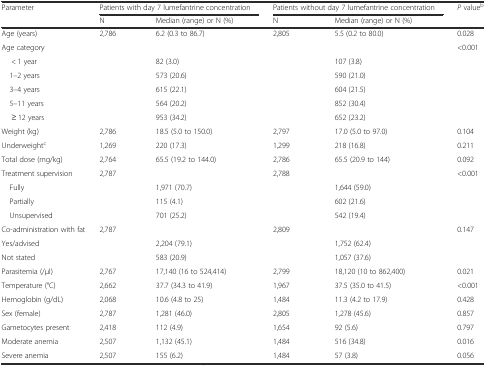
<table><thead><tr><td><b>Parameter</b></td><td colspan="2"><b>Patients with day 7 lumefantrine concentration</b></td><td colspan="2"><b>Patients without day 7 lumefantrine concentration</b></td><td><b><i>P</i> value<sup>b</sup></b></td></tr><tr><td></td><td><b>N</b></td><td><b>Median (range) or N (%)</b></td><td><b>N</b></td><td><b>Median (range) or N (%)</b></td><td></td></tr></thead><tbody><tr><td>Age (years)</td><td>2,786</td><td>6.2 (0.3 to 86.7)</td><td>2,805</td><td>5.5 (0.2 to 80.0)</td><td>0.028</td></tr><tr><td>Age category</td><td></td><td></td><td></td><td></td><td rowspan="6">&lt;0.001</td></tr><tr><td>&lt; 1 year</td><td></td><td>82 (3.0)</td><td></td><td>107 (3.8)</td></tr><tr><td> 1–2 years</td><td></td><td>573 (20.6)</td><td></td><td>590 (21.0)</td></tr><tr><td> 3–4 years</td><td></td><td>615 (22.1)</td><td></td><td>604 (21.5)</td></tr><tr><td> 5–11 years</td><td></td><td>564 (20.2)</td><td></td><td>852 (30.4)</td></tr><tr><td>≥ 12 years</td><td></td><td>953 (34.2)</td><td></td><td>652 (23.2)</td></tr><tr><td>Weight (kg)</td><td>2,786</td><td>18.5 (5.0 to 150.0)</td><td>2,797</td><td>17.0 (5.0 to 97.0)</td><td>0.104</td></tr><tr><td>Underweight<sup>c</sup></td><td>1,269</td><td>220 (17.3)</td><td>1,299</td><td>218 (16.8)</td><td>0.211</td></tr><tr><td>Total dose (mg/kg)</td><td>2,764</td><td>65.5 (19.2 to 144.0)</td><td>2,786</td><td>65.5 (20.9 to 144)</td><td>0.092</td></tr><tr><td>Treatment supervision</td><td rowspan="4">2,787</td><td></td><td rowspan="4">2,788</td><td></td><td rowspan="4">&lt;0.001</td></tr><tr><td> Fully</td><td>1,971 (70.7)</td><td>1,644 (59.0)</td></tr><tr><td> Partially</td><td>115 (4.1)</td><td>602 (21.6)</td></tr><tr><td> Unsupervised</td><td>701 (25.2)</td><td>542 (19.4)</td></tr><tr><td>Co-administration with fat</td><td rowspan="3">2,787</td><td></td><td rowspan="3">2,809</td><td></td><td rowspan="3">0.147</td></tr><tr><td>Yes/advised</td><td>2,204 (79.1)</td><td>1,752 (62.4)</td></tr><tr><td>Not stated</td><td>583 (20.9)</td><td>1,057 (37.6)</td></tr><tr><td>Parasitemia (/μl)</td><td>2,767</td><td>17,140 (16 to 524,414)</td><td>2,799</td><td>18,120 (10 to 862,400)</td><td>0.021</td></tr><tr><td>Temperature (°C)</td><td>2,662</td><td>37.7 (34.3 to 41.9)</td><td>1,967</td><td>37.5 (35.0 to 41.5)</td><td>&lt;0.001</td></tr><tr><td>Hemoglobin (g/dL)</td><td>2,068</td><td>10.6 (4.8 to 25)</td><td>1,484</td><td>11.3 (4.2 to 17.9)</td><td>0.428</td></tr><tr><td>Sex (female)</td><td>2,787</td><td>1,281 (46.0)</td><td>2,805</td><td>1,278 (45.6)</td><td>0.857</td></tr><tr><td>Gametocytes present</td><td>2,418</td><td>112 (4.9)</td><td>1,654</td><td>92 (5.6)</td><td>0.797</td></tr><tr><td>Moderate anemia</td><td>2,507</td><td>1,132 (45.1)</td><td>1,484</td><td>516 (34.8)</td><td>0.016</td></tr><tr><td>Severe anemia</td><td>2,507</td><td>155 (6.2)</td><td>1,484</td><td>57 (3.8)</td><td>0.056</td></tr></tbody></table>